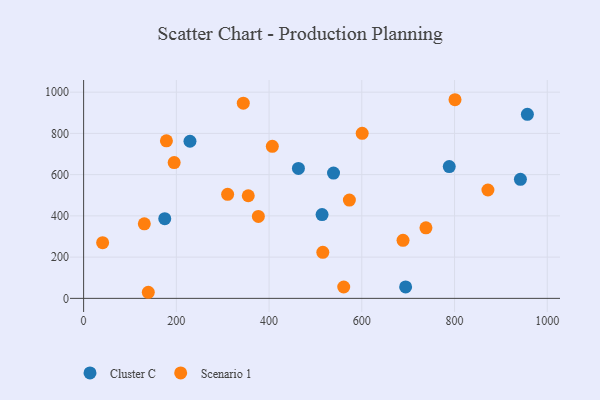
{"axis": {"x": "Distance", "y": "Salary"}, "legend": ["Cluster C", "Scenario 1"], "data": [{"x": "463.3", "y": 629.9, "type": "Cluster C"}, {"x": "788.6", "y": 639.2, "type": "Cluster C"}, {"x": "229.4", "y": 762.0, "type": "Cluster C"}, {"x": "957.1", "y": 892.5, "type": "Cluster C"}, {"x": "514.3", "y": 406.1, "type": "Cluster C"}, {"x": "539.0", "y": 607.7, "type": "Cluster C"}, {"x": "175.0", "y": 386.6, "type": "Cluster C"}, {"x": "694.5", "y": 55.4, "type": "Cluster C"}, {"x": "942.1", "y": 577.2, "type": "Cluster C"}, {"x": "376.9", "y": 397.4, "type": "Scenario 1"}, {"x": "600.8", "y": 800.5, "type": "Scenario 1"}, {"x": "738.3", "y": 342.3, "type": "Scenario 1"}, {"x": "688.9", "y": 281.4, "type": "Scenario 1"}, {"x": "801.0", "y": 963.3, "type": "Scenario 1"}, {"x": "310.6", "y": 504.7, "type": "Scenario 1"}, {"x": "407.0", "y": 737.2, "type": "Scenario 1"}, {"x": "130.9", "y": 361.3, "type": "Scenario 1"}, {"x": "41.0", "y": 270.0, "type": "Scenario 1"}, {"x": "573.2", "y": 476.8, "type": "Scenario 1"}, {"x": "139.5", "y": 29.5, "type": "Scenario 1"}, {"x": "561.0", "y": 55.1, "type": "Scenario 1"}, {"x": "355.1", "y": 497.7, "type": "Scenario 1"}, {"x": "872.0", "y": 525.4, "type": "Scenario 1"}, {"x": "195.3", "y": 658.7, "type": "Scenario 1"}, {"x": "515.9", "y": 223.1, "type": "Scenario 1"}, {"x": "178.6", "y": 764.0, "type": "Scenario 1"}, {"x": "344.4", "y": 946.7, "type": "Scenario 1"}]}